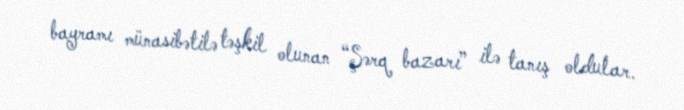
bayramı münasibətilə təşkil olunan “Şərq bazarı” ilə tanış oldular.